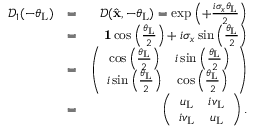
\begin{array} { r l r } { \mathcal { D } _ { 1 } ( - \theta _ { \mathrm { L } } ) } & { = } & { \mathcal { D } ( \hat { \bf x } , - \theta _ { \mathrm { L } } ) = \exp \left( + \frac { i \sigma _ { x } \theta _ { \mathrm { L } } } { 2 } \right) } \\ & { = } & { { \bf 1 } \cos \left( \frac { \theta _ { \mathrm { L } } } { 2 } \right) + i \sigma _ { x } \sin \left( \frac { \theta _ { \mathrm { L } } } { 2 } \right) } \\ & { = } & { \left( \begin{array} { c c } { \cos \left( \frac { \theta _ { \mathrm { L } } } { 2 } \right) } & { i \sin \left( \frac { \theta _ { \mathrm { L } } } { 2 } \right) } \\ { i \sin \left( \frac { \theta _ { \mathrm { L } } } { 2 } \right) } & { \cos \left( \frac { \theta _ { \mathrm { L } } } { 2 } \right) } \end{array} \right) } \\ & { = } & { \left( \begin{array} { c c } { u _ { \mathrm { L } } } & { i v _ { \mathrm { L } } } \\ { i v _ { \mathrm { L } } } & { u _ { \mathrm { L } } } \end{array} \right) . } \end{array}